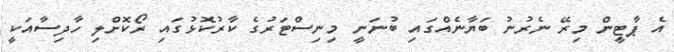
އެ ޕާޓީން މިރޭ ނެރުނު ބަޔާނެއްގައި ބުނަނީ މިނިސްޓަރުގެ ކާރުކޮޅުގައި ރޯކޮށްލި ހާދިސާއަކީ